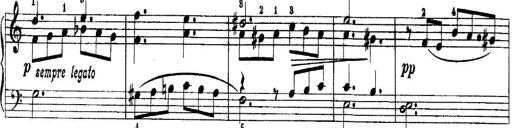
Title: Quatres sonatines
Composer: Tadeusz Joteyko